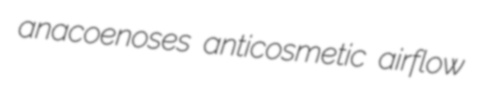
anacoenoses anticosmetic airflow